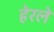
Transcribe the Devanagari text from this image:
हेरलेे